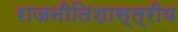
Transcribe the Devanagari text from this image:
राजनीतिशास्त्रीय